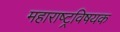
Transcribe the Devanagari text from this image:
महाराष्‍ट्रविषयक